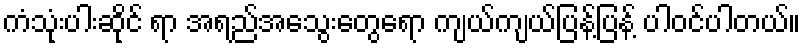
ကံသုံးပါးဆိုင် ရာ အရည်အသွေးတွေရော ကျယ်ကျယ်ပြန့်ပြန့် ပါဝင်ပါတယ်။